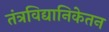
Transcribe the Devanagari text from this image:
तंत्रविद्यानिकेतन